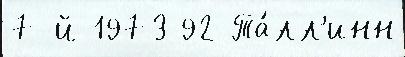
7-й 1973 92 Та́лл'инн